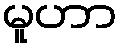
မူဟာ